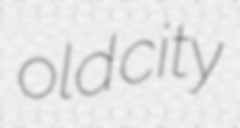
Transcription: old city